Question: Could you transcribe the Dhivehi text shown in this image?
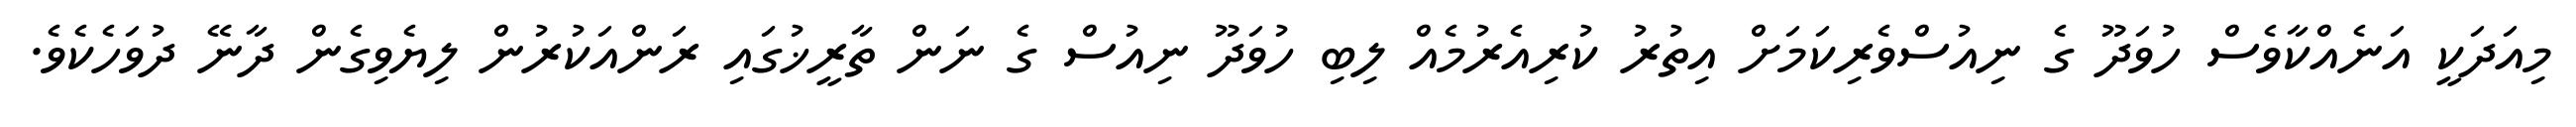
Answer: މިއަދަކީ އަނެއްކާވެސް ހުވަދޫ ގެ ނިއުސްވެރިކަމަށް އިތުރު ކުރިއެރުމެއް ލިބި ހުވަދޫ ނިއުސް ގެ ނަން ތާރީޚުގައި ރަންއަކުރުން ލިޔެވިގެން ދާނޭ ދުވަހެކެވެ.